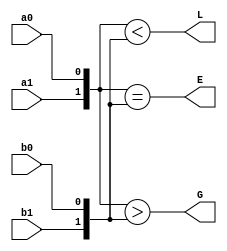
`timescale 1ns / 1ps
//////////////////////////////////////////////////////////////////////////////////
// Company: 
// Engineer: 
// 
// Design Name: 
// Module Name:    comparator 
// Project Name: 
// Target Devices: 
// Tool versions: 
// Description: 
//
// Dependencies: 
//
// Revision: 
// Revision 0.01 - File Created
// Additional Comments: 
//
//////////////////////////////////////////////////////////////////////////////////
module comparator(a0,a1,b0,b1,G,E,L);
input a0,a1,b0,b1;
output G,E,L;
reg G,E,L;

always @(a0 or a1 or b0 or b1)
  begin
    L<={a1,a0}<{b1,b0};
    G<={a1,a0}>{b1,b0};
    E<={a1,a0}=={b1,b0};
  end
endmodule